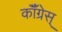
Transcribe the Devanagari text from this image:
कॉँँग्रेस्